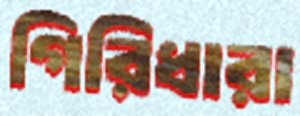
গিরিধারা